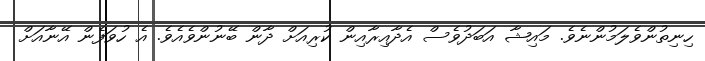
ހިނިތުންވެލަމުންނެވެ. މައިޝާ އަބަދުވެސް އެދާއިރާއިން ކުރިއަށް ދާން ބޭނުންވެއެވެ. އެ ހުވަފެން އޭނާއަށް